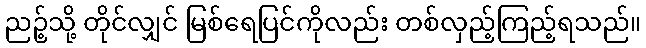
ညဉ့်သို့ တိုင်လျှင် မြစ်ရေပြင်ကိုလည်း တစ်လှည့်ကြည့်ရသည်။